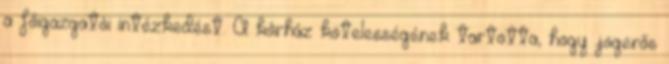
a főigazgatói intézkedést. A kórház kötelességének tartotta, hogy jogerős